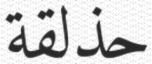
حذلقة